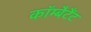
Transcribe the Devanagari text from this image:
कॉम्बैटैंट